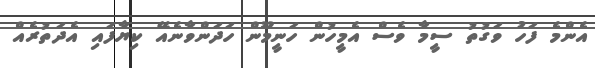
އެންމެ ފަހު ވަގުތު ސީމާ ވެސް އެމީހުން ހަނީމޫން ހަދަންވާނެއޭ ކިޔާފައި އެދަތުރެއް